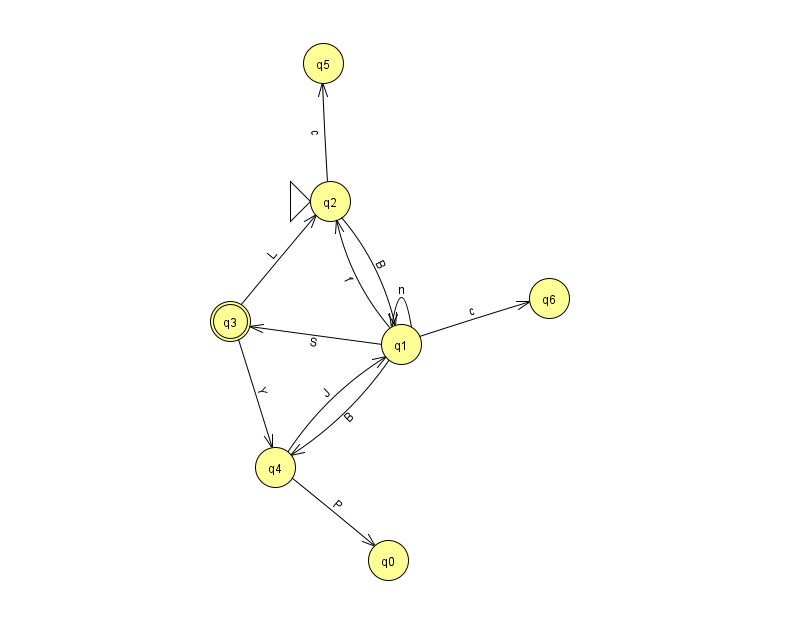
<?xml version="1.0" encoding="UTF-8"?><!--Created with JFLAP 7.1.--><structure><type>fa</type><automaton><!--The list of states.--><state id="0" name="q0"><x>388.0</x><y>547.0</y></state><state id="1" name="q1"><x>401.0</x><y>331.0</y></state><state id="2" name="q2"><x>330.0</x><y>188.0</y><initial/></state><state id="3" name="q3"><x>230.0</x><y>308.0</y><final/></state><state id="4" name="q4"><x>275.0</x><y>454.0</y></state><state id="5" name="q5"><x>323.0</x><y>50.0</y></state><state id="6" name="q6"><x>549.0</x><y>285.0</y></state><!--The list of transitions.--><transition><from>1</from><to>2</to><read>f</read></transition><transition><from>3</from><to>4</to><read>Y</read></transition><transition><from>2</from><to>5</to><read>c</read></transition><transition><from>3</from><to>2</to><read>L</read></transition><transition><from>1</from><to>4</to><read>B</read></transition><transition><from>2</from><to>1</to><read>B</read></transition><transition><from>1</from><to>6</to><read>c</read></transition><transition><from>4</from><to>0</to><read>P</read></transition><transition><from>1</from><to>3</to><read>S</read></transition><transition><from>4</from><to>1</to><read>J</read></transition><transition><from>1</from><to>1</to><read>n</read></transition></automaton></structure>